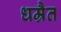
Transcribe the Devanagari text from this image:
धम्रैत